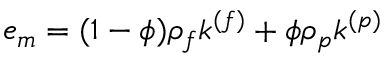
e _ { m } = ( 1 - \phi ) \rho _ { f } k ^ { ( f ) } + \phi \rho _ { p } k ^ { ( p ) }